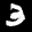
Label: 3